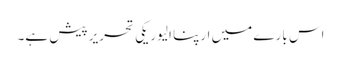
اس بارے میں ارپنا الیوریکی تحریر پیش ہے۔